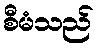
စီမံသည်